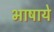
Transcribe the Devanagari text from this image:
भाषाये